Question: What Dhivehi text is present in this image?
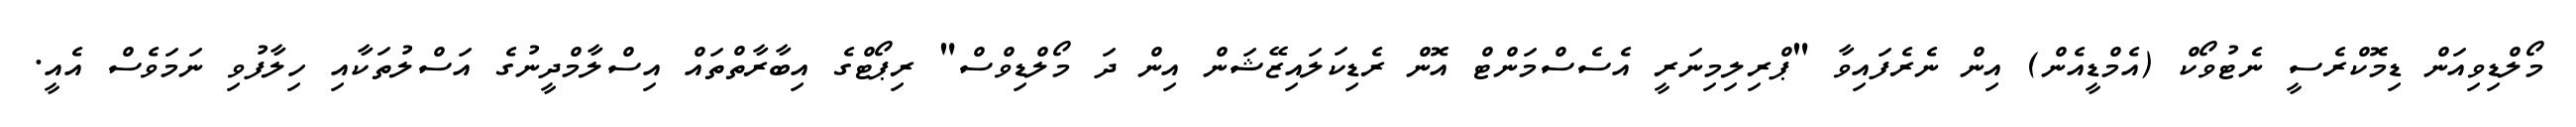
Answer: މޯލްޑިވިއަން ޑިމޮކްރެސީ ނެޓުވޯކް (އެމްޑީއެން) އިން ނެރެފައިވާ "ޕްރިލިމިނަރީ އެސެސްމަންޓް އޮން ރެޑިކަލައިޒޭޝަން އިން ދަ މޯލްޑިވްސް" ރިޕޯޓްގެ އިބާރާތްތައް އިސްލާމްދީނުގެ އަސްލުތަކާއި ހިލާފުވި ނަމަވެސް އެއީ.